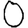
Digit: 0